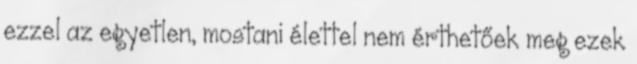
ezzel az egyetlen, mostani élettel nem érthetőek meg ezek